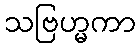
သဗြဟ္မကာ